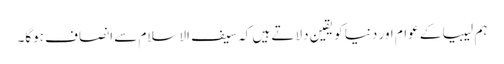
ہم لیبیا کے عوام اور دنیا کو یقین دلاتے ہیں کہ سیف الاسلام سے انصاف ہوگا۔